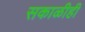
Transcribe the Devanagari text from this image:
सकाळीही